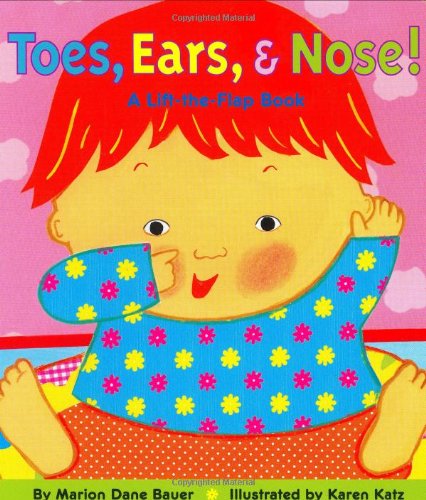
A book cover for Toes, Ears, & Nose! A Lift-the-Flap Book; Marion Dane Bauer; Children's Books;